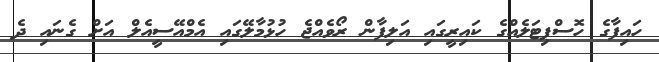
ހައިފާގެ ހޮސްޕިޓަލެއްގެ ކައިރީގައި އަލިފާން ރޯވެއްޖެ ހުޅުމާލޭގައި އެމްއޭސީއެލް އަށް ގެނައި ދެ